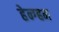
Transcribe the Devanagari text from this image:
हेन्ग्हम